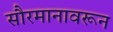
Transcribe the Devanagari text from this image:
सौरमानावरून